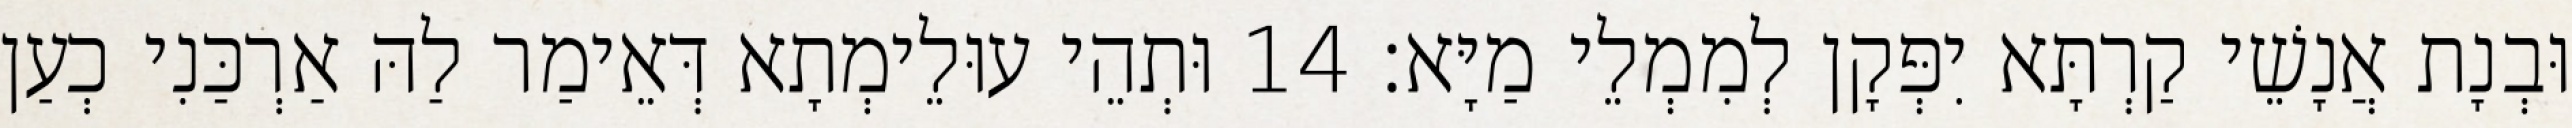
וּבְנָת אֲנָשֵׁי קַרְתָּא יִפְּקָן לְמִמְלֵי מַיָּא׃ 14 וּתְהֵי עוּלֵימְתָא דְּאֵימַר לַהּ אַרְכַּנִי כְעַן